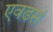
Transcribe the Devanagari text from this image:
एवढसं